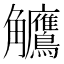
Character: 𬷺